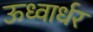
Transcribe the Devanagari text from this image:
ऊध्वार्धर